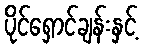
ပိုင်ရှောင်ချန်းနှင့်